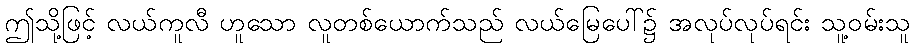
ဤသို့ဖြင့် လယ်ကူလီ ဟူသော လူတစ်ယောက်သည် လယ်မြေပေါ်၌ အလုပ်လုပ်ရင်း သူ့ဝမ်းသူ